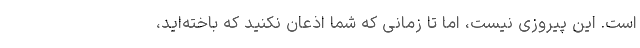
است. این پیروزی نیست، اما تا زمانی که شما اذعان نکنید که باخته‌اید،